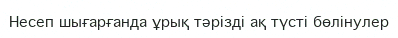
Несеп шығарғанда ұрық тәрізді ақ түсті бөлінулер